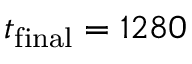
t _ { \mathrm { f i n a l } } = 1 2 8 0